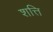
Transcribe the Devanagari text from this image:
शत्ति